65_HS1-834228961_62-HQ-83894_Section_7
Agency: FBI
Page 153
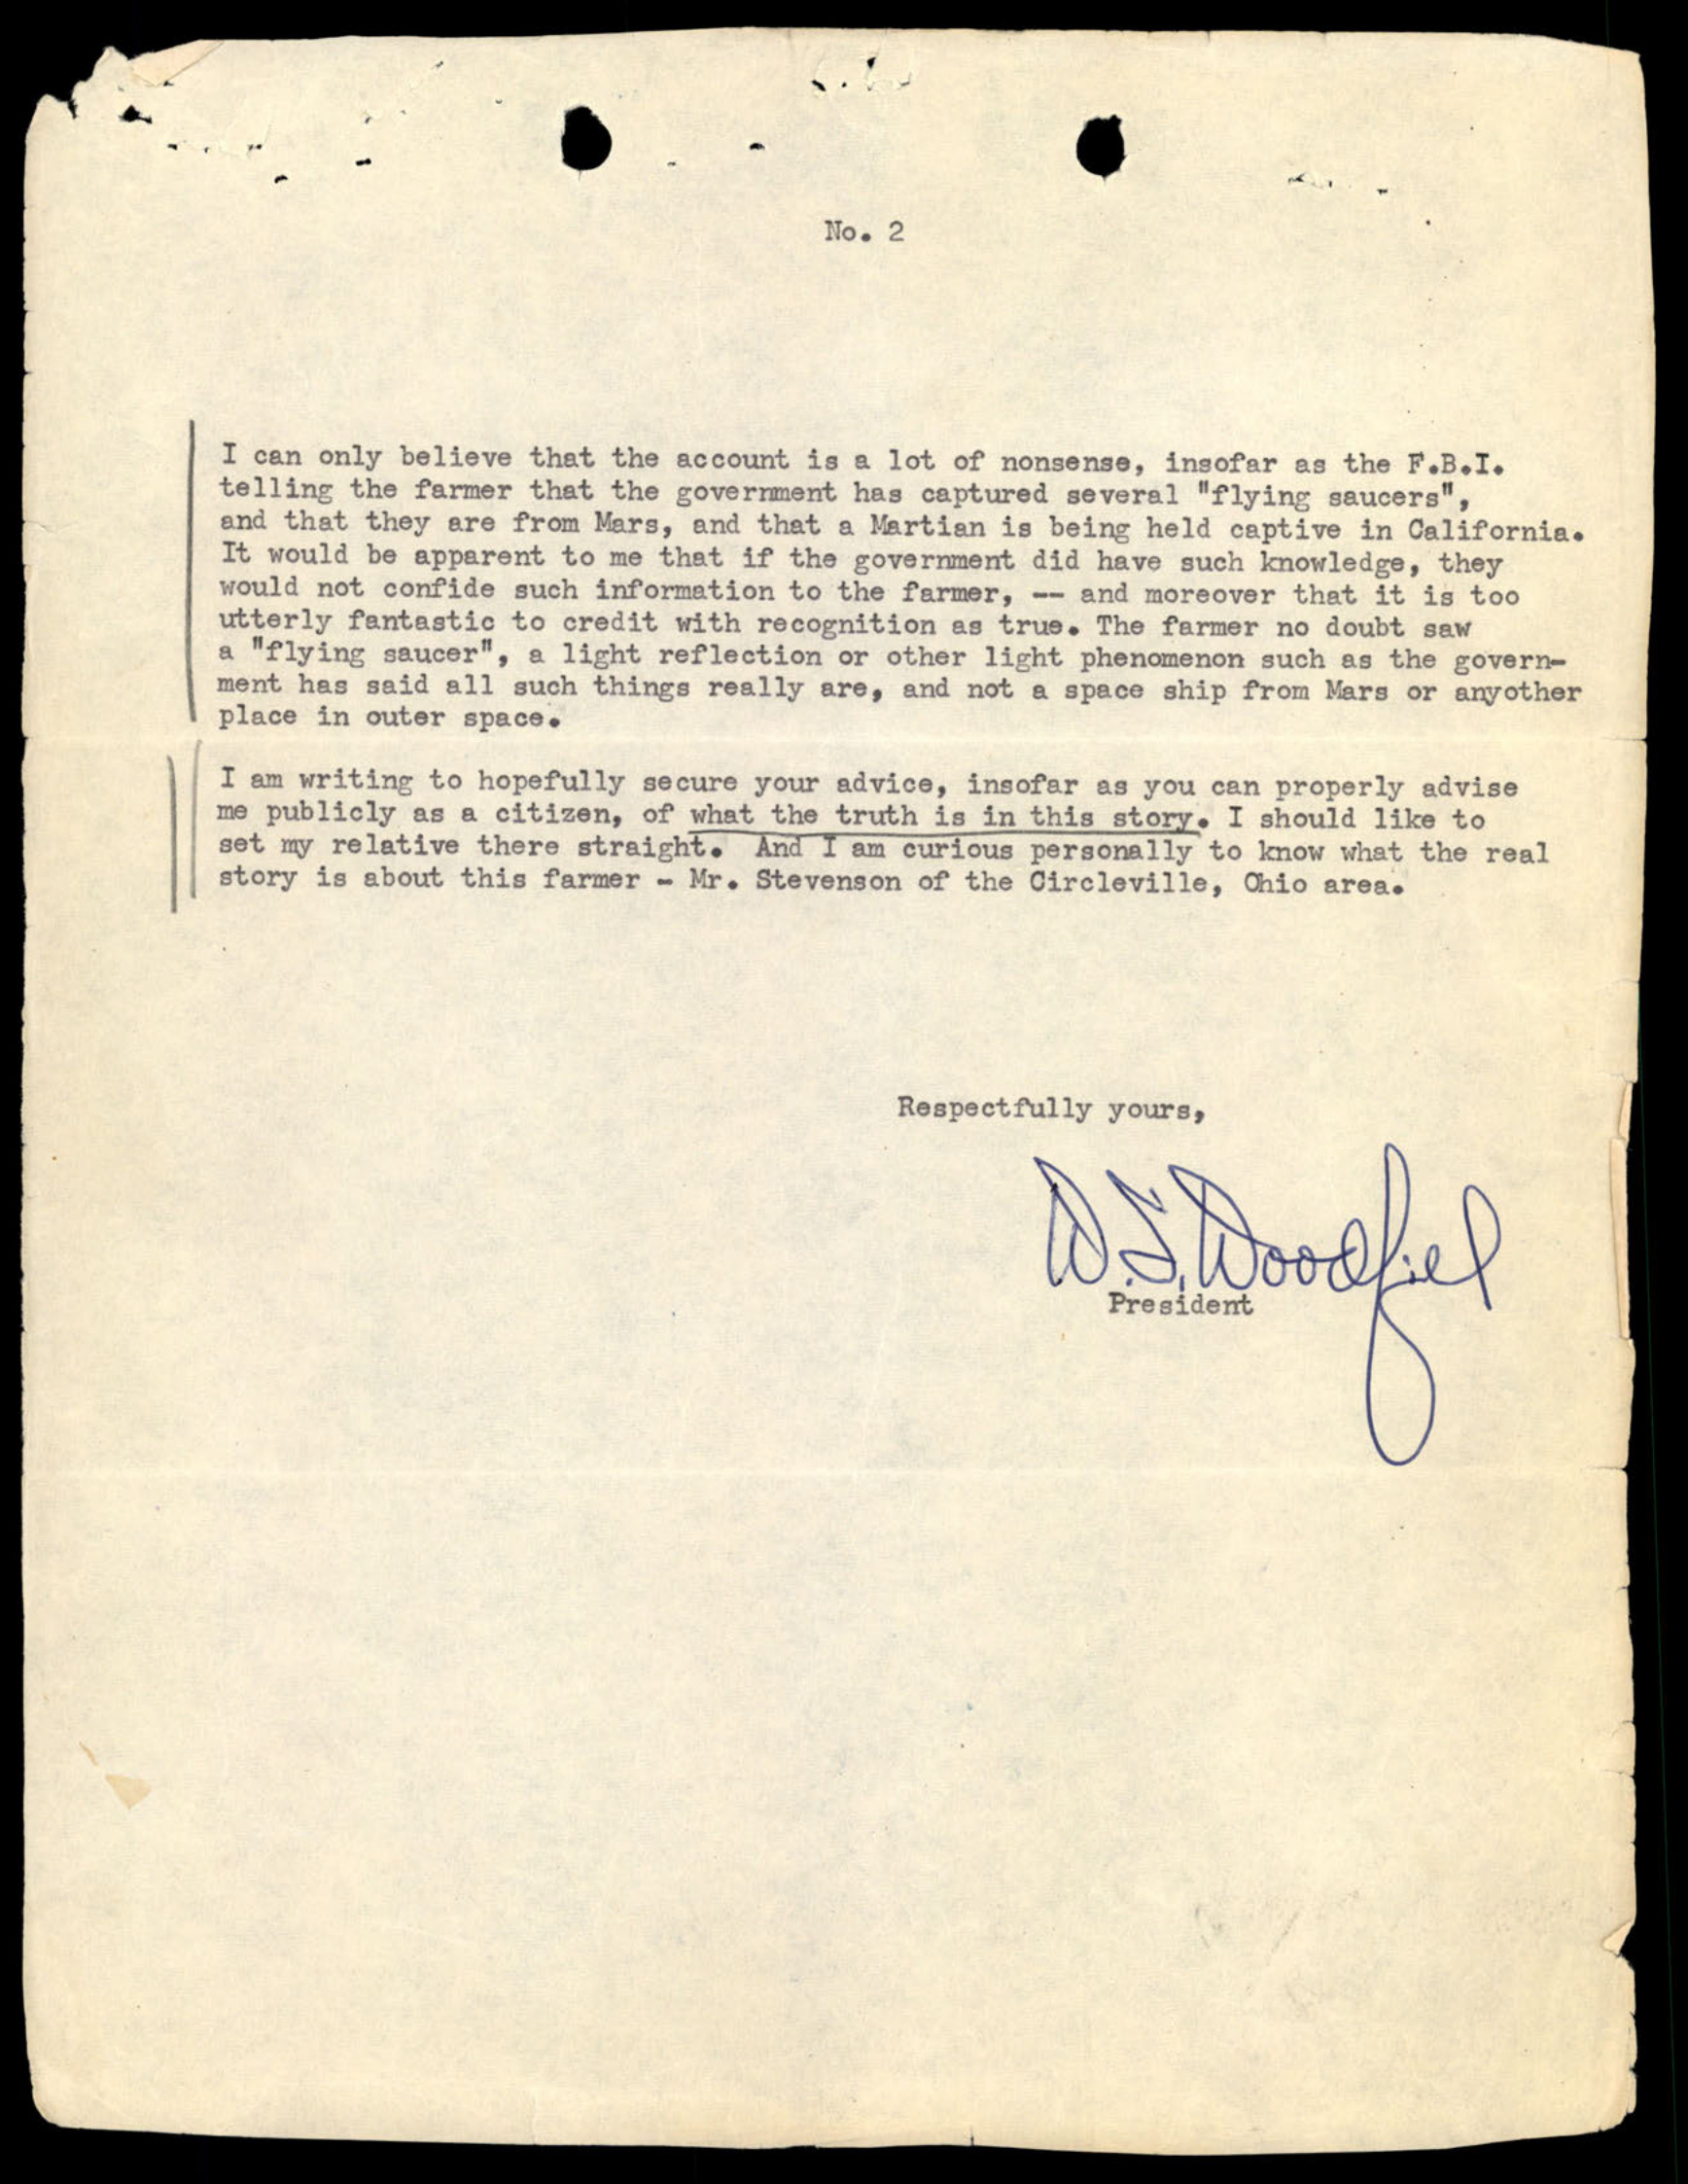